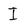
Character: I